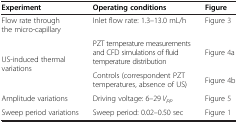
| Experiment | Operating conditions | Figure |
 | --- | --- | --- |
 | Flow rate through the micro-capillary | Inlet flow rate: 1.3–13.0 mL/h | Figure 3 |
 | <ROWSPAN=2> US-induced thermal variations | PZT temperature measurements and CFD simulations of fluid temperature distribution | Figure 4a |
 | Controls (correspondent PZT temperatures, absence of US) | Figure 4b |
 | Amplitude variations | Driving voltage: 6–29 Vpp | Figure 5 |
 | Sweep period variations | Sweep period: 0.02–0.50 sec | Figure 1 |